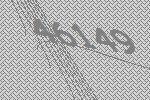
46149